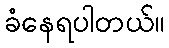
ခံနေရပါတယ်။